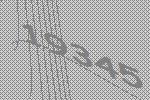
19345